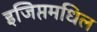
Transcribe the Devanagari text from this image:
इजिप्तमधिल